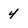
Character: 4